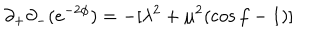
\partial _ { + } \partial _ { - } ( e ^ { - 2 \phi } ) = - [ \lambda ^ { 2 } + \mu ^ { 2 } ( \cos f - 1 ) ]